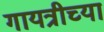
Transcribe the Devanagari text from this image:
गायत्रीच्या